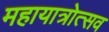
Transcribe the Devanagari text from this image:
महायात्रोत्सव